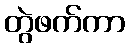
တွဲဖက်ကာ